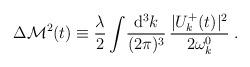
LaTeX: \begin{align*}\Delta {\cal M}^2 (t) \equiv \frac{\lambda}{2}\int\!\frac{{\rm d^3}k}{(2\pi)^3}\,\frac{|U^+_k(t)|^2}{2 \omega_k^0} \; .\end{align*}